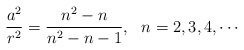
\begin{align*}\frac{a^2}{r^2}=\frac{n^2-n}{n^2-n-1},~~ n=2,3,4, \cdots\end{align*}